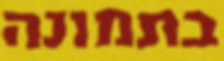
בתמונה